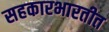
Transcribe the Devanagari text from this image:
सहकारभारतीत